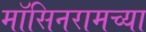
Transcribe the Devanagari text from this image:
मॉसिनरामच्या